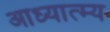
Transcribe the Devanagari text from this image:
आध्यात्म्य